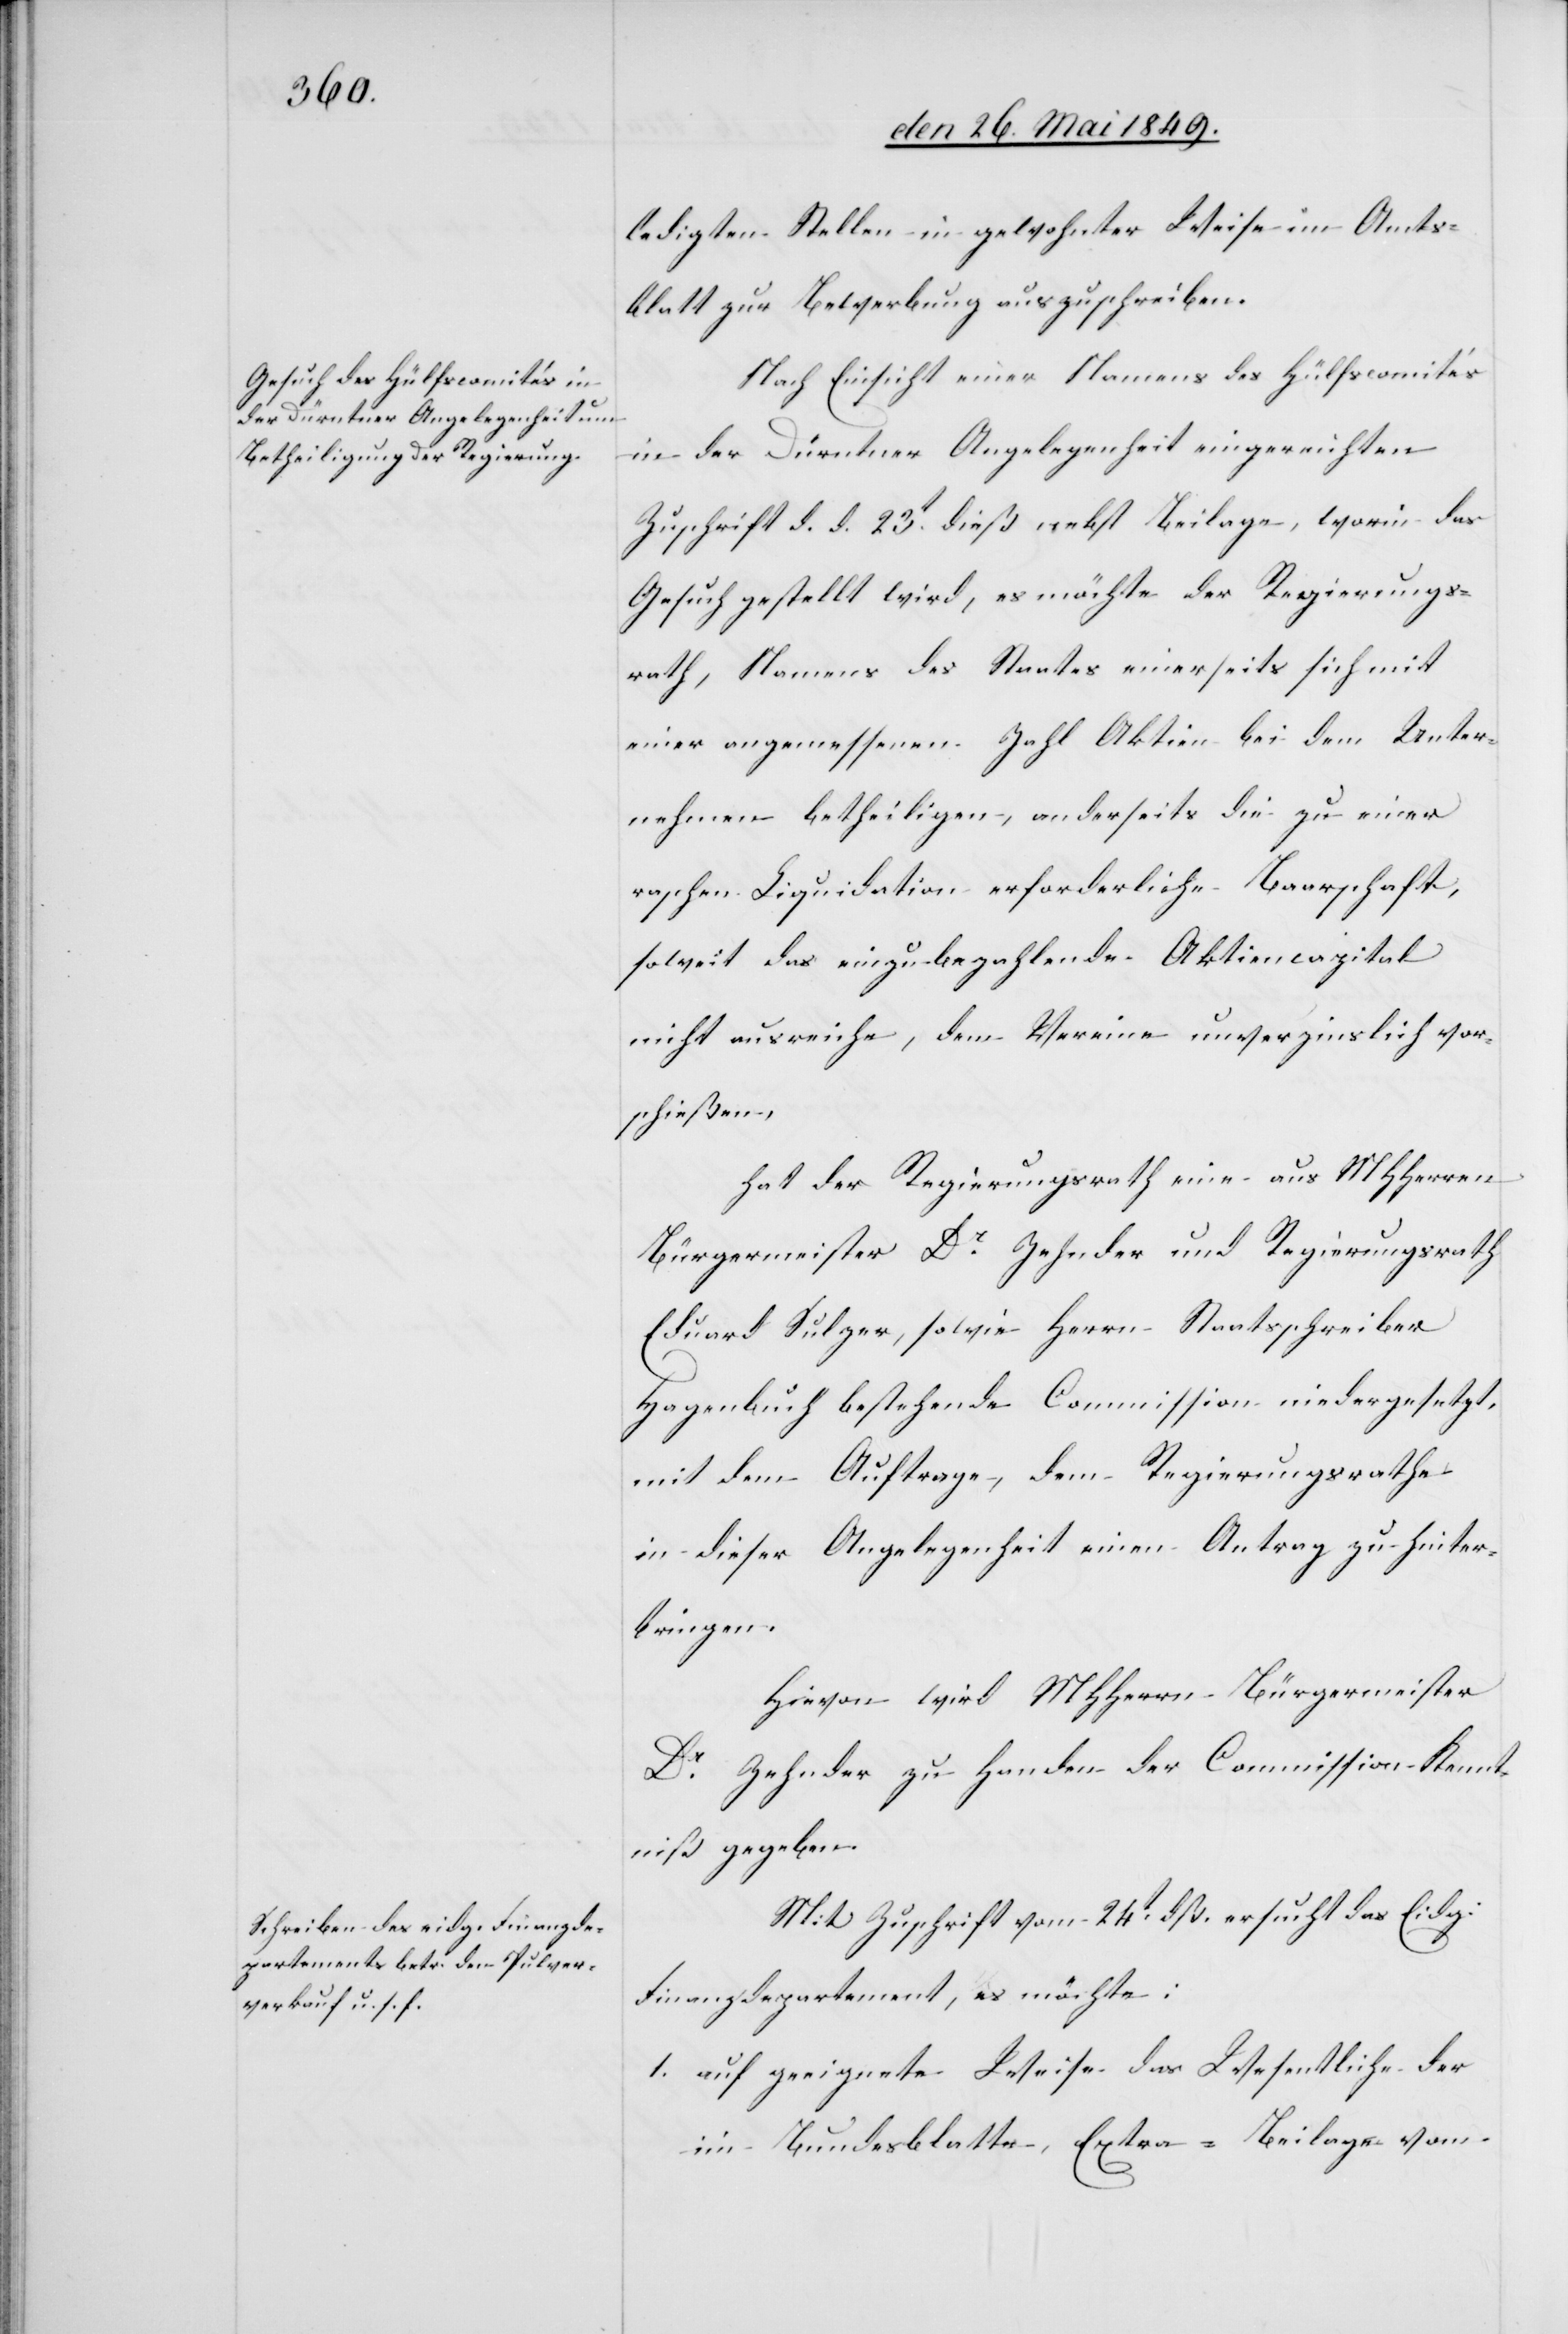
ledigten Stellen in gewohnter Weise im Amts¬
blatt zur Bewerbung auszuschreiben.
Nach Einsicht einer Namens des Hülfscomités
in der Dürntner Angelegenheit eingereichten
Zuschrift d. d. 23t dieß nebst Beilage, worin das
Gesuch gestellt wird, es möchte der Regierungs¬
rath, Namens des Staates einerseits sich mit
einer angemessenen Zahl Aktien bei dem Unter¬
nehmen betheiligen, anderseits die zu einer
raschen Liquidation erforderliche Baarschaft,
soweit das einzubezahlende Aktiencapital
nicht ausreiche, dem Vereine unverzinslich vor¬
schießen,
hat der Regierungsrath eine aus MHHerrn
Bürgermeister Dr Zehnder und Regierungsrath
Eduard Sulzer, sowie Herrn Staatsschreiber
Hagenbuch bestehende Commission niedergesetzt,
mit dem Auftrage, dem Regierungsrathe
in dieser Angelegenheit einen Antrag zu hinter¬
bringen.
Hievon wird MHHerrn Bürgermeister
Dr Zehnder zu Handen der Commission Kennt¬
niß gegeben.
Mit Zuschrift vom 24t dß. ersucht das Eidg.
Finanzdepartement, es möchte:
1. auf geeignete Weise das Wesentliche der
im Bundesblatte, Extra-Beilage vom